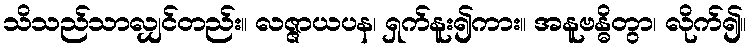
သိသည်သာလျှင်တည်း။ လဇ္ဇာယပန၊ ရှက်နူး၍ကား။ အနူဗန္ဓိတွာ၊ လိုက်၍။